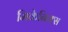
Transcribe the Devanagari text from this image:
मिकेनिक्स